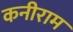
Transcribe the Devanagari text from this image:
कनीराम